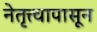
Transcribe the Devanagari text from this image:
नेतृत्त्वापासून